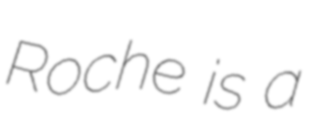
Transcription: Roche is a